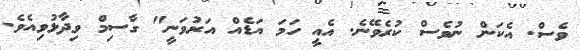
ވެސް. އެކަން ނުވެސް ކުރެވޭނެ. އެއީ ހަމަ އަޑެއް އަރުވަނީ" ގާސިމް ވިދާޅުވިއެވެ.